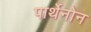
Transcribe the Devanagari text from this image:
पार्थेनोन